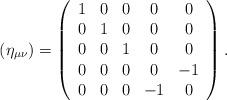
LaTeX: \begin{align*}({\eta }_{\mu \nu })=\left( \begin{array}{ccccc}1 & 0 & 0 & 0 & 0 \\ 0 & 1 & 0 & 0 & 0 \\ 0 & 0 & 1 & 0 & 0 \\ 0 & 0 & 0 & 0 & -1 \\ 0 & 0 & 0 & -1 & 0\end{array}\right) . \end{align*}